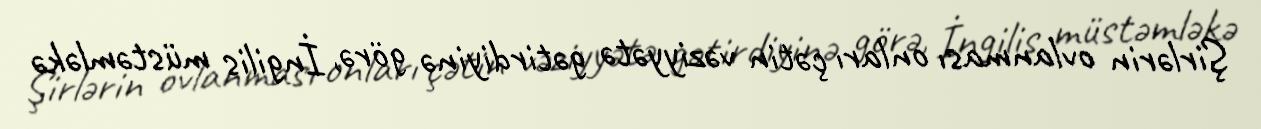
Şirlərin ovlanması onları çətin vəziyyətə gətirdiyinə görə, İngilis müstəmləkə